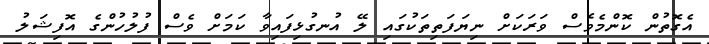
އެގޮތުން ކޮންމެވެސް ވަރަކަށް ނިޔަފަތިތަކުގައި ލޭ އުނގުޅިފައިވާ ކަމަށް ވެސް ފުލުހުންގެ އޮފިޝަލު